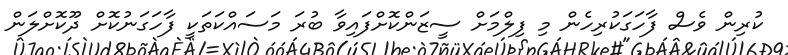
ކުރިން ވެސް ފާހަގަކުރިހެން މި ފިލްމަށް ސީޒަންކޮށްފައިވާ ބުރަ މަސައްކަތަކީ ފާހަގަނުކޮށް ދޫކޮށްލަން